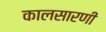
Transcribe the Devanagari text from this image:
कालसारणी